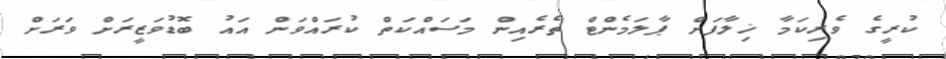
ކުރީގެ ވެރިކަމާ ޚިލާފަށް ޕާލަމެންޓް ތެރެއިން މަސައްކަތް ކުރައްވަން އައު ބޮޑުވަޒީރަށް ވަރަށް